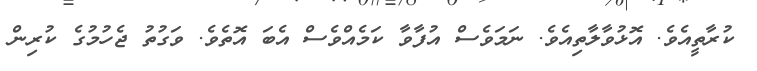
ކުރާތީއެވެ. އޮޅުވާލާތިއެވެ. ނަމަވެސް އުފާވާ ކަމެއްވެސް އެބަ އޮތެވެ. ވަގުތު ޖެހުމުގެ ކުރިން